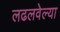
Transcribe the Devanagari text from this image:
लढलवेल्या